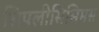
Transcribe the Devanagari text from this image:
सिपलीसिसिमस